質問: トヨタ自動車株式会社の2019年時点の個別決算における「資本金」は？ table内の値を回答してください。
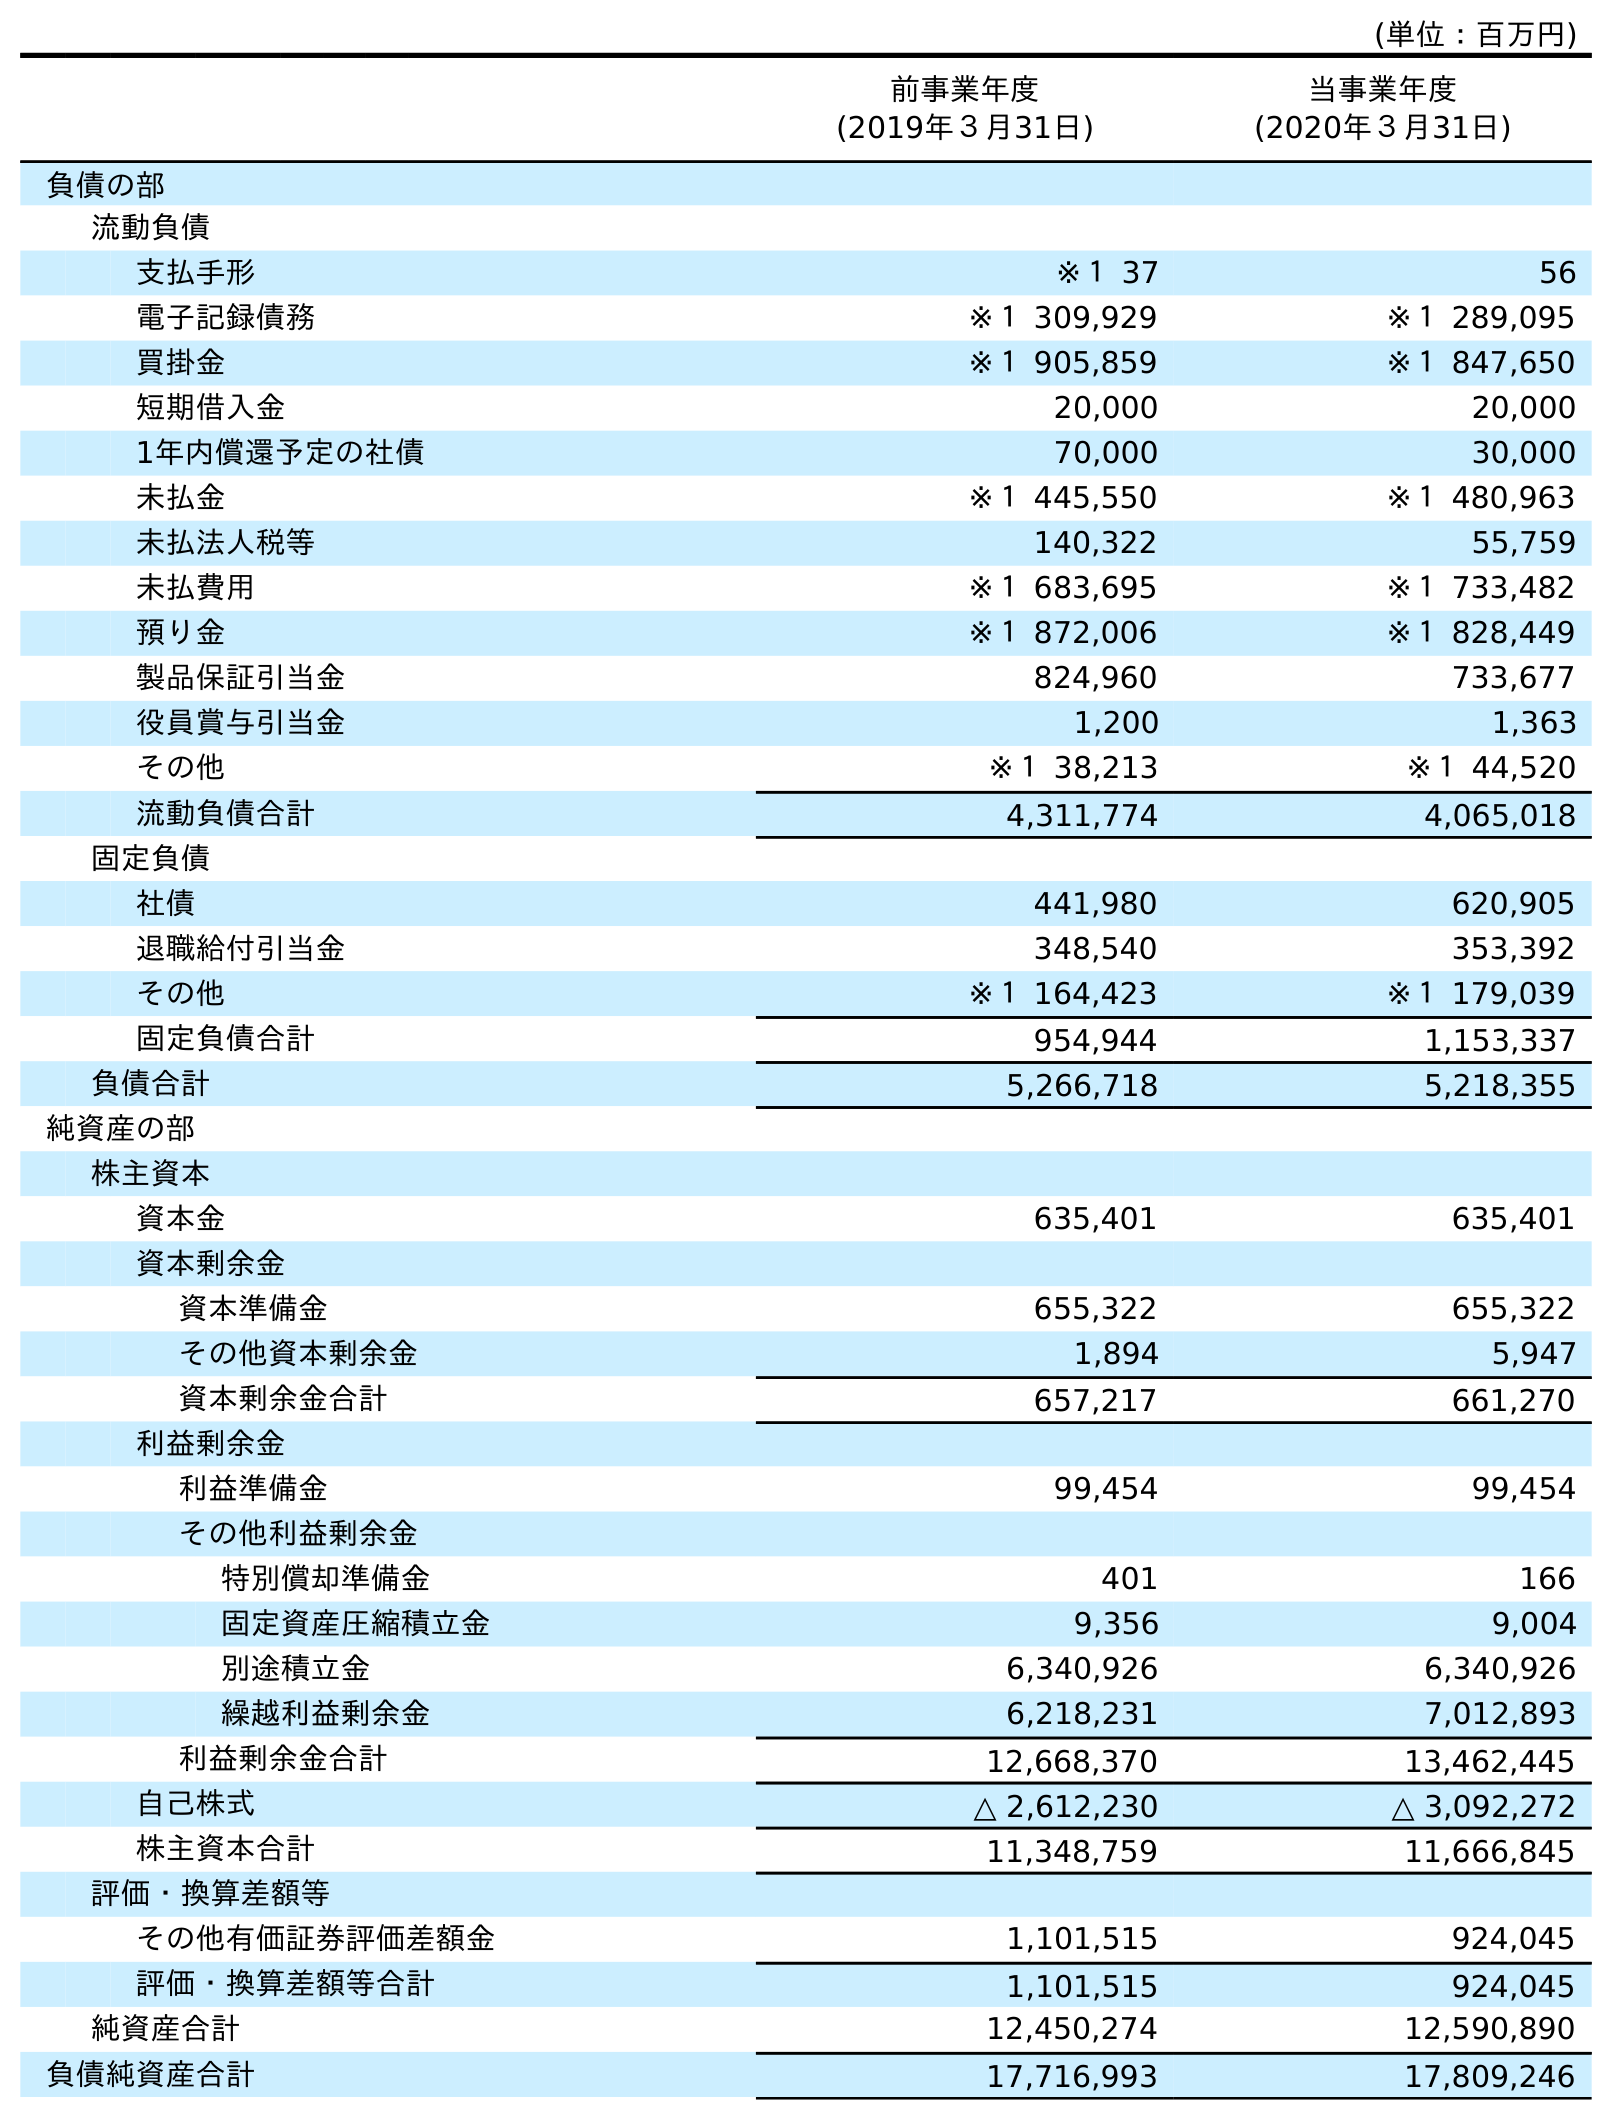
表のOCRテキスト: (単位：百万円) 前事業年度 (2019年３月31日) 当事業年度 (2020年３月31日) 負債の部 流動負債 支払手形 ※１ 37 56 電子記録債務 ※１ 309,929 ※１ 289,095 買掛金 ※１ 905,859 ※１ 847,650 短期借入金 20,000 20,000 1年内償還予定の社債 70,000 30,000 未払金 ※１ 445,550 ※１ 480,963 未払法人税等 140,322 55,759 未払費用 ※１ 683,695 ※１ 733,482 預り金 ※１ 872,006 ※１ 828,449 製品保証引当金 824,960 733,677 役員賞与引当金 1,200 1,363 その他 ※１ 38,213 ※１ 44,520 流動負債合計 4,311,774 4,065,018 固定負債 社債 441,980 620,905 退職給付引当金 348,540 353,392 その他 ※１ 164,423 ※１ 179,039 固定負債合計 954,944 1,153,337 負債合計 5,266,718 5,218,355 純資産の部 株主資本 資本金 635,401 635,401 資本剰余金 資本準備金 655,322 655,322 その他資本剰余金 1,894 5,947 資本剰余金合計 657,217 661,270 利益剰余金 利益準備金 99,454 99,454 その他利益剰余金 特別償却準備金 401 166 固定資産圧縮積立金 9,356 9,004 別途積立金 6,340,926 6,340,926 繰越利益剰余金 6,218,231 7,012,893 利益剰余金合計 12,668,370 13,462,445 自己株式 △ 2,612,230 △ 3,092,272 株主資本合計 11,348,759 11,666,845 評価・換算差額等 その他有価証券評価差額金 1,101,515 924,045 評価・換算差額等合計 1,101,515 924,045 純資産合計 12,450,274 12,590,890 負債純資産合計 17,716,993 17,809,246
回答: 635,401